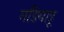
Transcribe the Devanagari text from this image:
मडियाहू